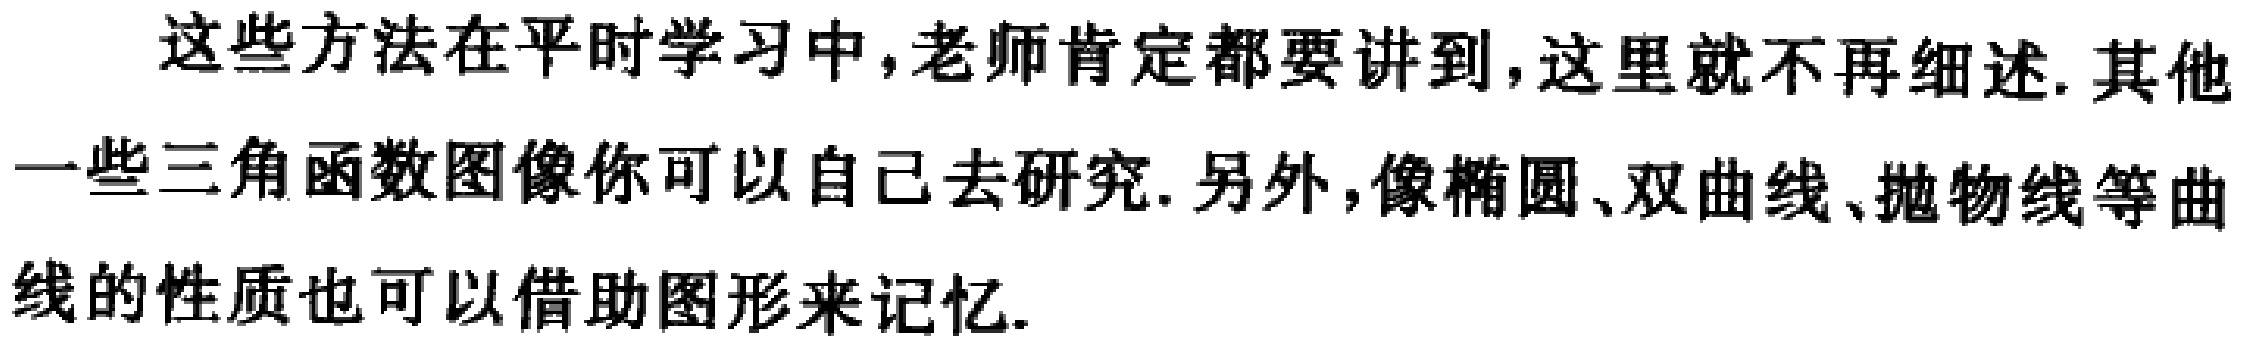
这些方法在平时学习中,老师肯定都要讲到,这里就不再细述. 其他一些三角函数图像你可以自己去研究. 另外,像椭圆、双曲线、抛物线等曲线的性质也可以借助图形来记忆.